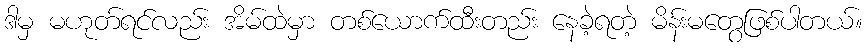
ဒါမှ မဟုတ်ရင်လည်း အိမ်ထဲမှာ တစ်ယောက်ထီးတည်း နေခဲ့ရတဲ့ မိန်းမတွေဖြစ်ပါတယ်။